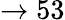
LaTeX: \rightarrow 53